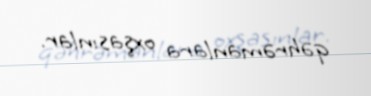
qəhrəmanlara oxşasınlar.